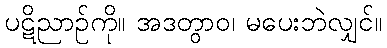
ပဋိညာဉ်ကို။ အဒတွာဝ၊ မပေးဘဲလျှင်။